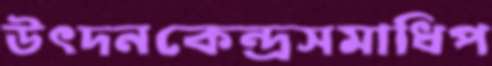
উৎদনকেন্দ্রসমাধিপ